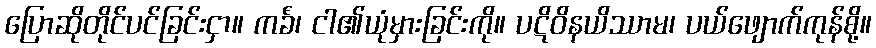
ပြောဆိုတိုင်ပင်ခြင်းငှာ။ ကင်္ခံ၊ ငါ၏ယုံမှားခြင်းကို။ ပဋိဝိနယိဿာမ၊ ပယ်ဖျောက်ကုန်စို့။